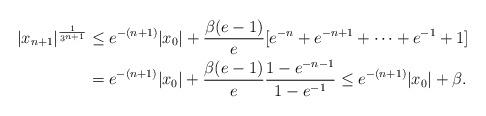
LaTeX: \begin{align*}|x_{n+1}|^{\frac 1{3^{n+1}}}&\le e^{-(n+1)}|x_0|+ \frac {\beta(e-1)}{e} [e^{-n}+e^{-n+1}+\dots+ e^{-1}+1]\\&=e^{-(n+1)}|x_0|+ \frac {\beta(e-1)}{e}\frac{1-e^{-n-1}}{1-e^{-1}}\le e^{-(n+1)}|x_0|+ \beta. \end{align*}